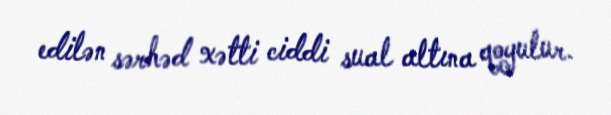
edilən sərhəd xətti ciddi sual altına qoyulur.